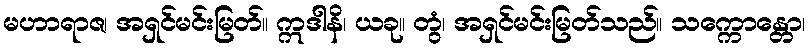
မဟာရာဇ၊ အရှင်မင်းမြတ်။ ဣဒါနိ၊ ယခု။ တွံ၊ အရှင်မင်းမြတ်သည်။ သက္ကောန္တော၊